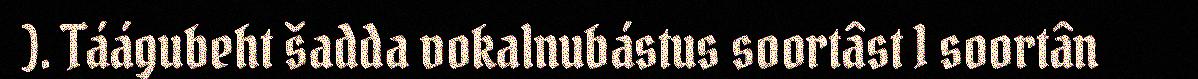
). Táágubeht šadda vokalnubástus soortâst 1 soortân